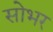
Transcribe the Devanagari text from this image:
सोभर